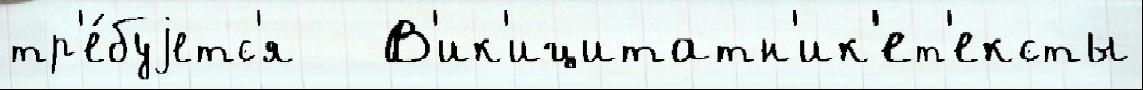
тр'е́буjетс'я   В'ик'ицитатн'ик'ет'ексты